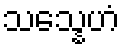
သသ္နေဟံ